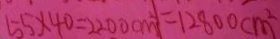
5 5 \times 4 0 = 2 2 0 0 c m ^ { 2 } = 1 2 8 0 0 c m ^ { 2 }